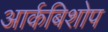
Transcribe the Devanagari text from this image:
आर्कबिशोप